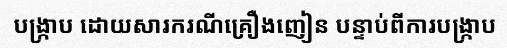
បង្ក្រាប ដោយសារករណីគ្រឿងញៀន បន្ទាប់ពីការបង្ក្រាប